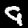
Label: 9